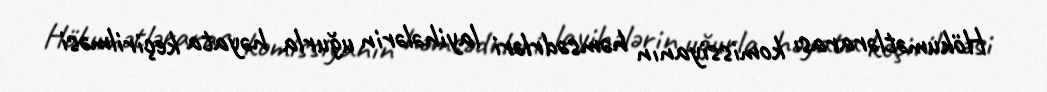
Hökumətlərarası komissiyanın həmsədrləri layihələrin uğurla həyata keçirilməsi